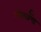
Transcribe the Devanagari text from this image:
ओर्मॉन्ड